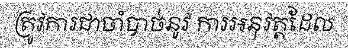
ត្រូវការជាចាំបាច់នូវ ការអនុវត្តដែល